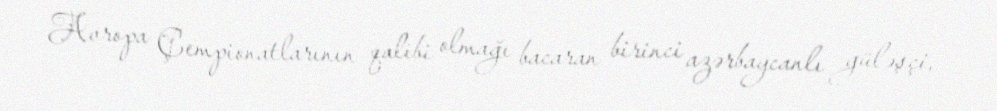
Avropa Çempionatlarının qalibi olmağı bacaran birinci azərbaycanlı güləşçi,